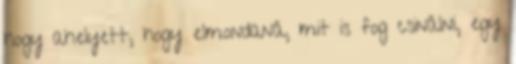
hogy ahelyett, hogy elmondaná, mit is fog csinálni, egy